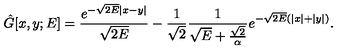
\hat { G } [ x , y ; E ] = \frac { e ^ { - \sqrt { 2 E } | x - y | } } { \sqrt { 2 E } } - \frac { 1 } { \sqrt { 2 } } \frac { 1 } { \sqrt { E } + \frac { \sqrt { 2 } } { \alpha } } e ^ { - \sqrt { 2 E } ( | x | + | y | ) } .